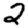
Digit: 2